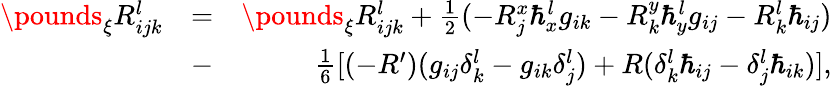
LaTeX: \begin{array}{rlr}{\pounds_{\xi}R_{ijk}^{l}}&{=}&{\pounds_{\xi}R_{ijk}^{l}+\frac{1}{2}(-R_{j}^{x}\hbar_{x}^{l}g_{ik}-R_{k}^{y}\hbar_{y}^{l}g_{ij}-R_{k}^{l}\hbar_{ij})}\\ &{-}&{\frac{1}{6}[(-R^{\prime})(g_{ij}\delta_{k}^{l}-g_{ik}\delta_{j}^{l})+R(\delta_{k}^{l}\hbar_{ij}-\delta_{j}^{l}\hbar_{ik})],}\end{array}